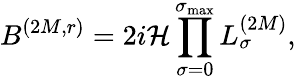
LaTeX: B^{(2M,r)}=2i{\cal H}\prod_{\sigma=0}^{\sigma_{\operatorname*{max}}}L_{\sigma}^{(2M)},